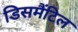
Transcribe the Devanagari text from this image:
डिसमैंटिल